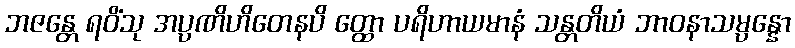
ဘဇန္တေ ရဝိံသု အပ္ပဏိဟိတေနပိ တ္ထော ပရိဟာယမာနံ သန္တတိယံ ဘာဝနာသမ္ပန္နော